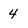
Character: 4